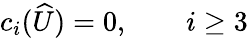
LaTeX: c_{i}(\widehat{U})=0,\qquad i\geq 3